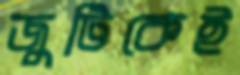
জুটিকেই